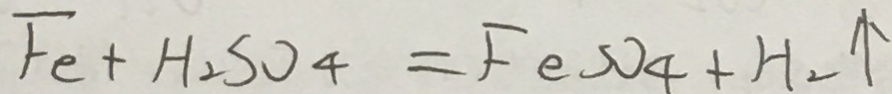
F _ { 2 } + H _ { 2 } S O _ { 4 } = F e s O _ { 4 } + H _ { 2 } \uparrow